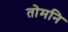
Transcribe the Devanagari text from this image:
तोमनि